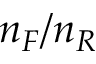
n _ { F } / n _ { R }